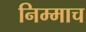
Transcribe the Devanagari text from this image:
निम्माच